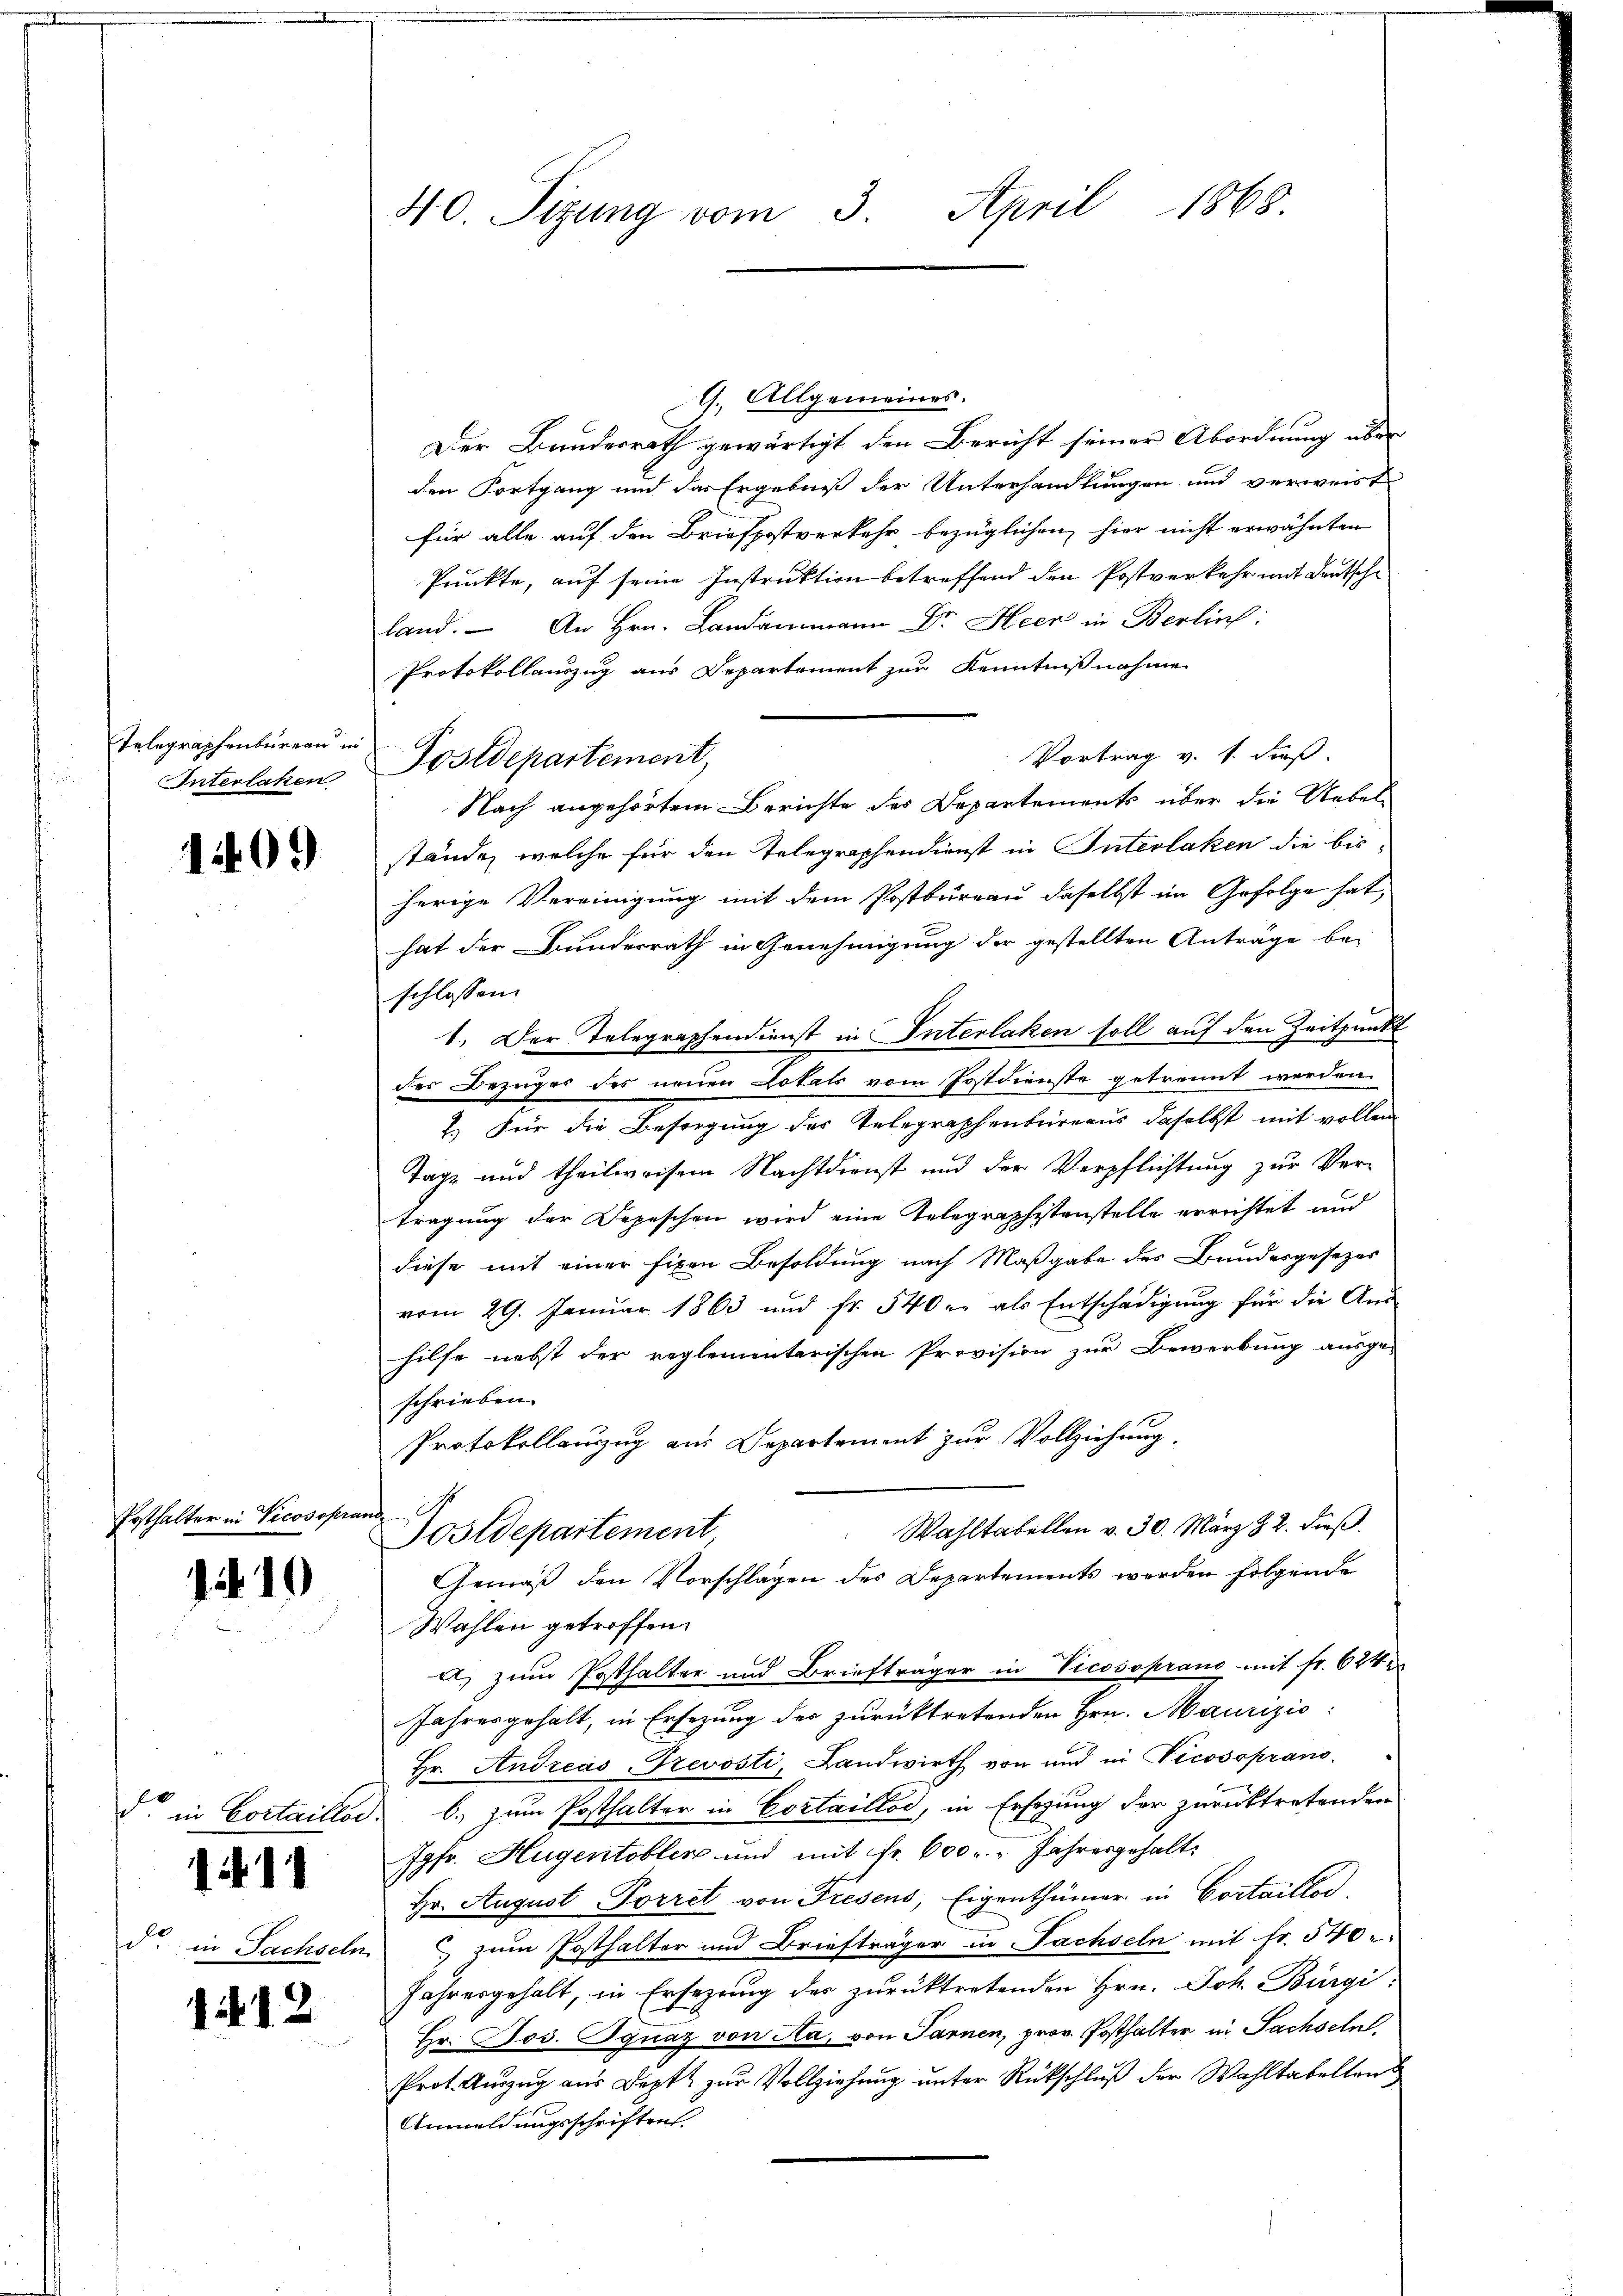
Telegraphenbureau in
Interlahen

1409

Ersthalter in Vicosopra

1410

h

s

1

de in Sachseln

1412

40. Sizung vom 3. April 1868.

9. Allgemeines.
Der Bundesrath gewärtigt den Bericht seiner Abordnung über
den Fortgang und das Ergebniß der Unterhandlungen und verweist
für alle auf den Briefpostverkehr bezüglichen, hier nicht erwähnten
Punkte, auf seine Instruktion betreffend den Postverkehr mit Deutsche
land. An Hrn. Landammann Dr. Heer in Berlins:
Protokollauszug aus Departement zur Kenntnißnahme
Vortrag v. 1. Fuß.
Postdepartement,
Nach angehörtem Berichte des Departements über die Uebel
stände, welche für den Telegraphendienst in Interlaken die bis
herige Vereinigung mit dem Postbureau daselbst im Gefolge hat,
hat der Bunderrath in Genehmigung der gestellten Anträge be-
schlossen.
1. Der Telegraphendienst in Interlaken soll auf den Zeitpunkt
der Bezuges des neuen Totals vom Postdienste getrennt werden.
2.) Für die Besorgung des Telegraphenbureaus daselbst mit vollen
Tage und theilweisem Nachtdienst und der Verpflichtung zur Ver-
tragung der Depeschen wird eine Telegraphistenstelle errichtet und
diese mit einer fixen Besoldung nach Maßgabe des Bundesgesezes
vom 29. Januar 1863 und fr. 540 er als Entschädigung für die And
hilfe nebst der reglementarischen Provision zur Bewerbung ausge-
schrieben.
Protokollauszug aus Departement zur Vollziehung.
nach
Wahltabellen v. 30. März 82. dieß.
Postdepartement,
Gemäß den Vorschlagen des Departements werden folgende
Wählen getroffen.
a) zum Posthalter und Briefträger in Vicosoprano mit fr. 624
Jahresgehalt, in Ersezung der zurücktretenden Hrn. Maurizić:
Hr. Andreas-Trevosti, Landwirth von und in Tecosspranode in Cottaillod b., zum Posthalter in Cortaillod, in Ersezung der zurücktretenden
Jgfr. Hugentobler und mit fr. 600. Jahresgehalt
Hr. August Forret von Fresens, Eigenthümer in Cortaillos,
 zum Posthalter und Briefträger in Fachseln mit Fr. 540
Jahresgehalt, in Ersezung des zurücktretenden Hrn. Joh. Bürgi
Hr. Jos. Ignaz von Aa, von Parnen, prov. Posthalter in Sachseln,
Prot. Auszug aus Sept zur Vollziehung unter Rückschluß der Wahltabellan
Anmeldungsschriften.